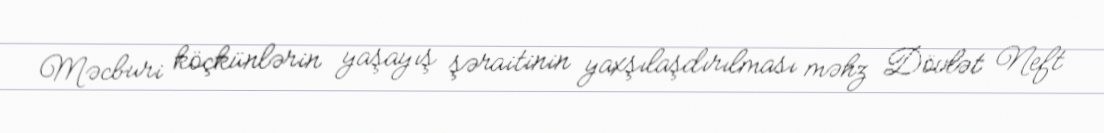
Məcburi köçkünlərin yaşayış şəraitinin yaxşılaşdırılması məhz Dövlət Neft